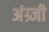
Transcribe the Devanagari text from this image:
अंग्र्जी